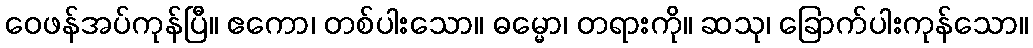
ဝေဖန်အပ်ကုန်ပြီ။ ဧကော၊ တစ်ပါးသော။ ဓမ္မော၊ တရားကို။ ဆသု၊ ခြောက်ပါးကုန်သော။